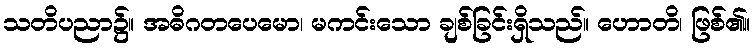
သတိပညာ၌။ အဓိဂတပေမော၊ မကင်းသော ချစ်ခြင်းရှိသည်။ ဟောတိ၊ ဖြစ်၏။